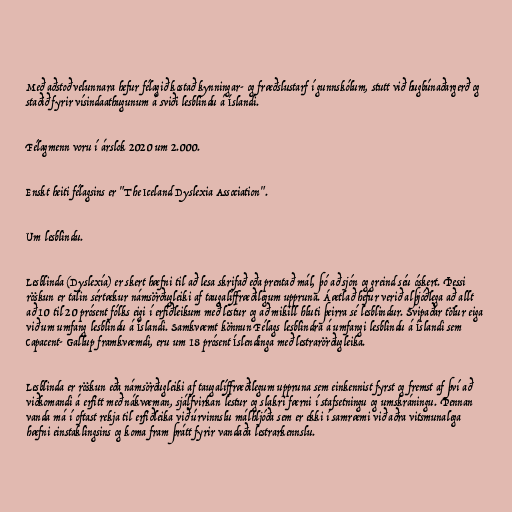
Með aðstoð velunnara hefur félagið kostað kynningar- og fræðslustarf í gunnskólum, stutt við hugbúnaðargerð og
staðið fyrir vísindaathugunum á sviði lesblindu á Íslandi.

Félagmenn voru í árslok 2020 um 2.000.

Enskt heiti félagsins er "The Iceland Dyslexia Association".

Um lesblindu.

Lesblinda (Dyslexía) er skert hæfni til að lesa skrifað eða prentað mál, þó að sjón og greind séu óskert. Þessi
röskun er talin sértækur námsörðugleiki af taugalíffræðilegum uppruna. Áætlað hefur verið alþjóðlega að allt
að 10 til 20 prósent fólks eigi í erfiðleikum með lestur og að mikill hluti þeirra sé lesblindur. Svipaðar tölur eiga
við um umfang lesblindu á Íslandi. Samkvæmt könnun Félags lesblindra á umfangi lesblindu á Íslandi sem
Capacent- Gallup framkvæmdi, eru um 18 prósent Íslendinga með lestrarörðugleika.

Lesblinda er röskun eða námsörðugleiki af taugalíffræðilegum uppruna sem einkennist fyrst og fremst af því að
viðkomandi á erfitt með nákvæman, sjálfvirkan lestur og slakri færni í stafsetningu og umskráningu. Þennan
vanda má í oftast rekja til erfiðleika við úrvinnslu málhljóða sem er ekki í samræmi við aðra vitsmunalega
hæfni einstaklingsins og koma fram þrátt fyrir vandaða lestrarkennslu.